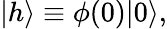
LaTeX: |h\rangle\equiv\phi(0)|0\rangle,